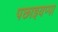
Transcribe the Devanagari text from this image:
पछाइयप्पा